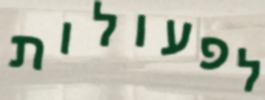
לפעולות